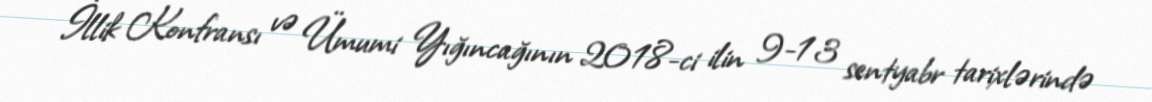
İllik Konfransı və Ümumi Yığıncağının 2018-ci ilin 9-13 sentyabr tarixlərində